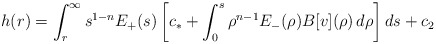
\begin{align*}h(r)=\int_r^\infty s^{1-n}E_+(s)\left[c_*+\int_0^s\rho^{n-1}E_-(\rho)B[v](\rho)\,d\rho\right]ds+c_2\end{align*}